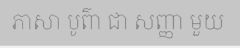
ភាសា បូព៌ា ជា សញ្ញា មួយ